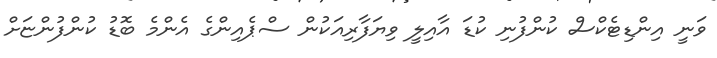
ވަނީ އިންޑިޓެކްސް ކުންފުނި ކުޑަ އާއިލީ ވިޔަފާރިއަކުން ސްޕެއިންގެ އެންމެ ބޮޑު ކުންފުންޏަށް